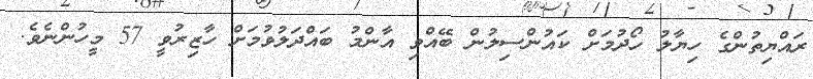
ރައްޔިތުންގެ ހިޔާލު ހޯދުމަށް ކައުންސިލުން ބޭއްވި އާންމު ބައްދަލުވުމަށް ހާޒިރުވީ 57 މީހުންނެވެ.